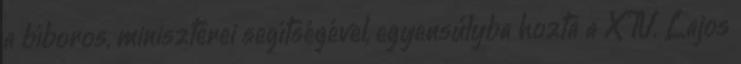
a bíboros, miniszterei segítségével, egyensúlyba hozta a XIV. Lajos